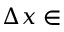
\Delta x \in